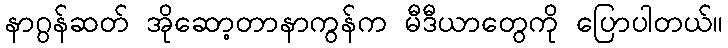
နာဂွန်ဆတ် အိုဆော့တာနာကွန်က မီဒီယာတွေကို ပြောပါတယ်။